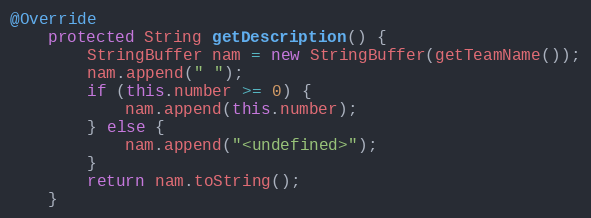
Language: Java
@Override
    protected String getDescription() {
        StringBuffer nam = new StringBuffer(getTeamName());
        nam.append(" ");
        if (this.number >= 0) {
            nam.append(this.number);
        } else {
            nam.append("<undefined>");
        }
        return nam.toString();
    }